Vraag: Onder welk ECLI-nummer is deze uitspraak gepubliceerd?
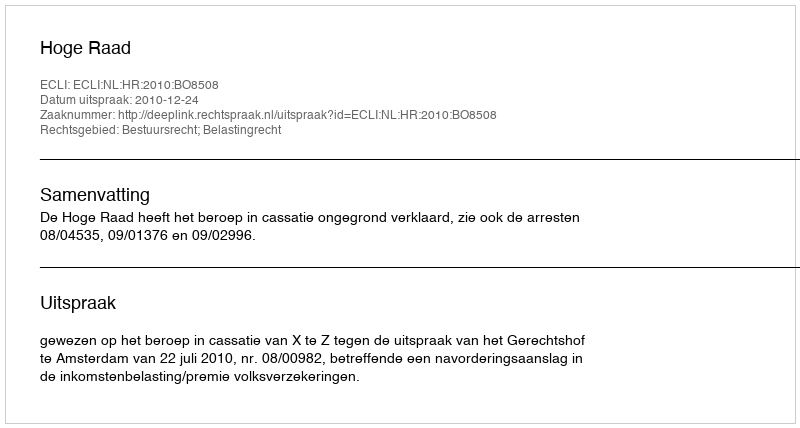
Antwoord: ECLI:NL:HR:2010:BO8508